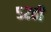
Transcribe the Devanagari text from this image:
५२ही